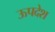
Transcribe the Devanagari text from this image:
ऊपदेश